Annual report on the working of the mental hospitals in the Madras Presidency - 1912-1932
Year: 1912
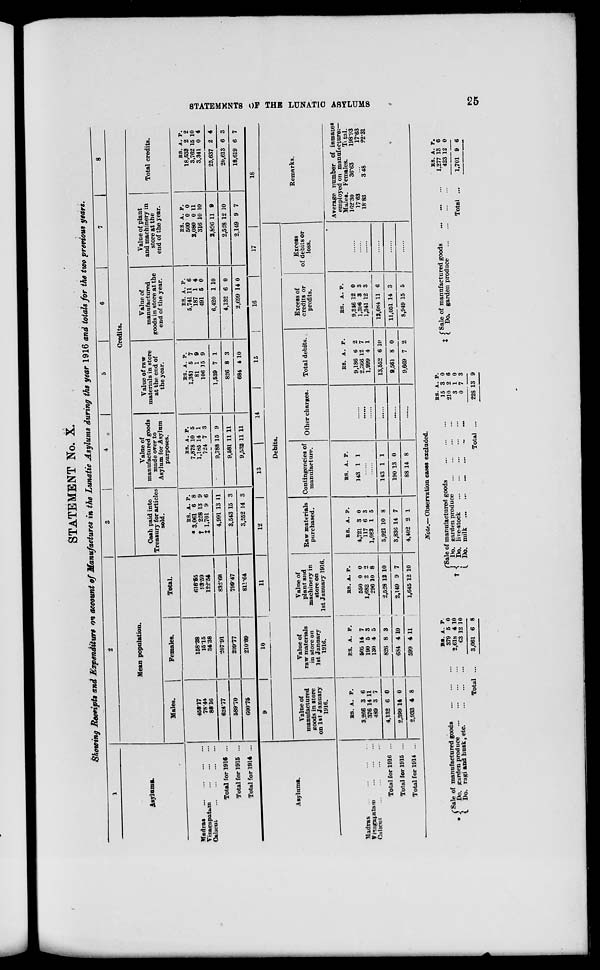
STATEMENTS OF THE LUNATIC ASYLUMS
25
STATEMENT No. X.
Showing Receipts and Expenditure on account of Manufactures in the Lunatic Asylums during the year 1916 and totals for the two previous years.
1
Asylums.
Madras
...
...
...
...
Vizagapatam
...
...
...
Calicut
...
...
...
...
Total for 1916 ...
Total for 1915 ...
Total for 1914 ...
2
Mean population.
Males.
458.17
78.44
88.16
624.77
589.70
600.75
Females.
158.38
15.15
34.38
207.91
209.77
210.89
Total.
616.55
93.59
122.54
832.68
799.47
811.64
3
4
5
6
7
8
Credits.
Cash paid into
Treasury for articles
sold.
RS.
* 3,061
† 228
‡ 1,701
4,991
3,543
3,552
A.
6
13
9
13
15
14
P.
8
9
6
11
3
3
Value of
manufactured goods
made over to
Asylum for Asylum
purposes.
RS.
7,878
1,185
724
9,788
9,581
9,532
A.
10
14
7
15
11
11
P.
5
1
3
9
11
11
Value of raw
materials in store
at the end of
the year.
RS.
1,351
81
106
1,539
826
684
A.
5
1
15
7
8
4
P.
7
9
9
1
3
10
Value of
manufactured
goods in store at the
end of the year.
RS.
5,741
187
491
6,420
4,132
2,699
A.
11
1
5
1
6
14
P.
6
4
0
10
0
0
Value of plant
and machinery in
store at the
end of the year.
RS.
500
2,080
316
2,896
2,528
2,149
A.
0
0
10
11
12
9
P.
0
11
10
9
10
7
Total credits.
RS.
18,533
3,762
3,341
25,637
20,613
18,619
A.
2
15
0
2
6
6
P.
2
10
4
4
3
7
Asylums.
Madras ... ... ... ...
Vizagapatam
...
...
...
Calicut
Total for 1916 ...
Total for 1915 ...
Total for 1914 ...
9
10
11
12
13
14
15
16
17
Debits.
Value of
manufactured
goods in store
on 1st January
1916.
RS.
3,266
376
489
4,132
2,399
2,933
A.
3
14
3
6
14
4
P.
6
11
7
0
0
8
Value of
raw materials
in store on
1st January
1916.
RS.
505
190
130
826
684
599
A.
14
5
4
8
4
4
P.
7
3
5
3
10
11
Value of
plant and
machinery in
store on
1st January 1916.
RS.
550
1,682
296
2,528
2,149
1,645
A.
0
2
10
12
9
12
P.
0
2
8
10
7
10
Raw materials
purchased.
RS.
4,721
117
1,083
5,921
3,836
4,402
A.
3
6
1
10
14
2
P.
0
3
5
8
7
1
Contingencies of
manufacture.
RS.
143
A.
1
P.
1
......
......
143
190
88
1
13
14
1
0
8
Other charges.
......
......
......
......
......
......
Total debits.
RS.
9,186
2,366
1,999
13,552
9,561
9,669
A.
6
12
4
6
8
7
P.
2
7
1
10
0
2
Excess of
credits or
profits.
RS.
9,346
1,396
1,341
12,084
11,051
8,949
A.
12
3
12
11
14
15
P.
0
3
3
6
3
5
Excess
of debits or
loss.
......
......
......
......
......
......
18
Remarks.
Average number of inmates
employed on manufacture:—
Males.
162.30
17.63
18.83
Females.
36.63
...
3.48
Total.
198.93
17.63
22.31
Note.—Observation cases excluded.
*
Sale of manufactured goods
...
...
...
Do. garden produce
...
...
...
...
Do. ragi and husk, etc.
...
...
...
Total ...
RS.
379
2,618
63
3,061
A.
5
4
12
6
P.
0
10
10
8
*
Sale of manufactured goods
...
...
...
Do. garden produce
...
...
...
...
Do. live-stock
...
...
...
...
...
Do. milk
...
...
...
...
...
...
Total ...
RS.
15
210
3
0
228
A.
3
2
1
7
13
P.
0
6
0
3
9
† Sale or manufactured goods ... ... ...
Do. garden produce
...
...
...
...
Total ...
RS.
1,277
423
1,701
A.
13
12
9
P.
6
0
6